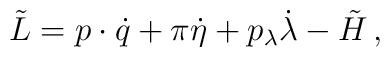
\tilde L=p\cdot\dot q+\pi\dot\eta+p_\lambda\dot\lambda-\tilde H\,,